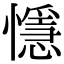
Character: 懚